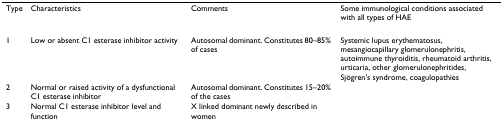
<table><thead><tr><td><b>Type</b></td><td><b>Characteristics</b></td><td><b>Comments</b></td><td><b>Some immunological conditions associated with all types of HAE</b></td></tr></thead><tbody><tr><td>1</td><td>Low or absent C1 esterase inhibitor activity</td><td>Autosomal dominant. Constitutes 80–85% of cases</td><td>Systemic lupus erythematosus, mesangiocapillary glomerulonephritis, autoimmune thyroiditis, rheumatoid arthritis, urticaria, other glomerulonephritides, Sjögren&#x27;s syndrome, coagulopathies</td></tr><tr><td>2</td><td>Normal or raised activity of a dysfunctional C1 esterase inhibitor</td><td>Autosomal dominant. Constitutes 15–20% of the cases</td><td></td></tr><tr><td>3</td><td>Normal C1 esterase inhibitor level and function</td><td>X linked dominant newly described in women</td><td></td></tr></tbody></table>